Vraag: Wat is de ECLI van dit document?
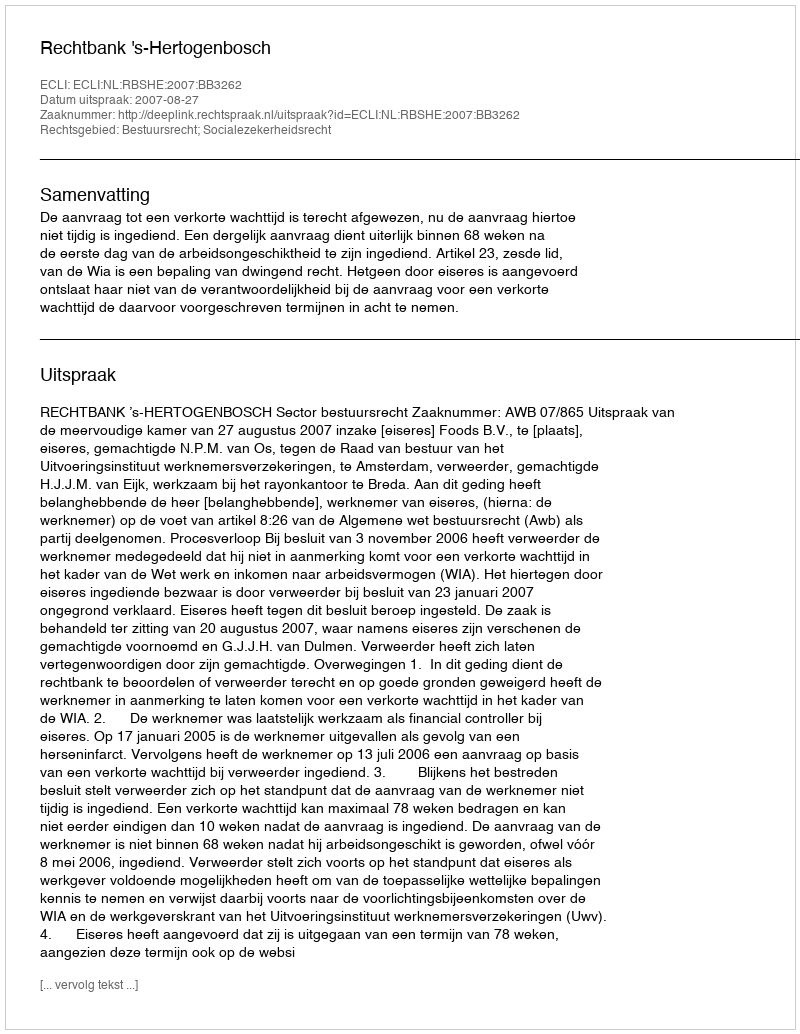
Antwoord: ECLI:NL:RBSHE:2007:BB3262